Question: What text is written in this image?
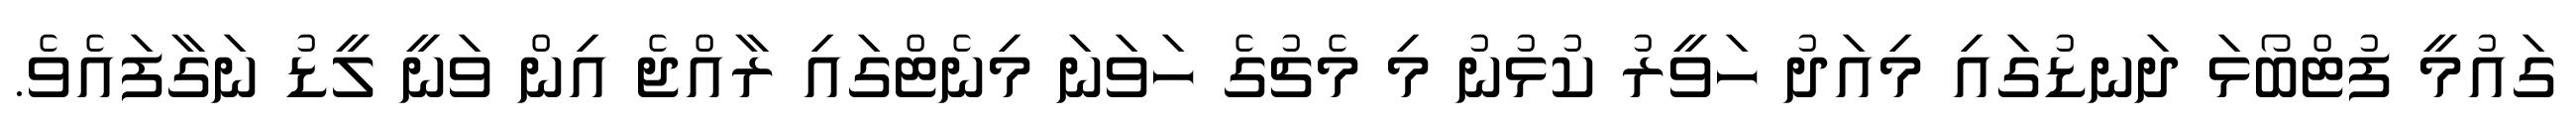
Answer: ގައުމީ ފުޓްބޯޅަ ދަނޑުގައި މިއަދު ހަވީރު ކުޅުނު މި މެޗުގެ ހަވަނަ މިނެޓްގައި ރާއްޖެ އިން ވަނީ ލީޑު ނަގާފައެވެ.